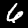
Label: 6